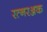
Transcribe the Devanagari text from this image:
रत्नरञ्जक